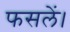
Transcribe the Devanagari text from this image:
फसलें।